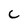
Character: C